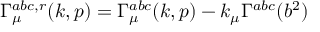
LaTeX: \Gamma _ { \mu } ^ { a b c , r } ( k , p ) = \Gamma _ { \mu } ^ { a b c } ( k , p ) - k _ { \mu } \Gamma ^ { a b c } ( b ^ { 2 } )